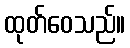
ထုတ်ဝေသည်။